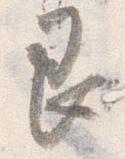
艮